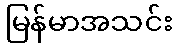
မြန်မာအသင်း